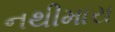
નથીમારા